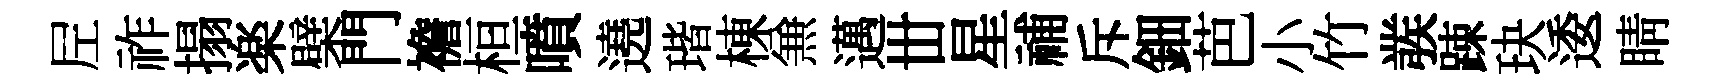
𡰱祚搨楽檗門襜桓噴遶瑎棟𠔥邁丗星𥙷斥鈿芭小竹彂踈玦逶睛